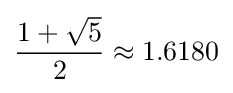
{\frac {1+{\sqrt {5}}}{2}}\approx 1.6180